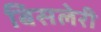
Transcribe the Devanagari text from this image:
बिसलेरी